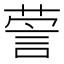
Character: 𰴯